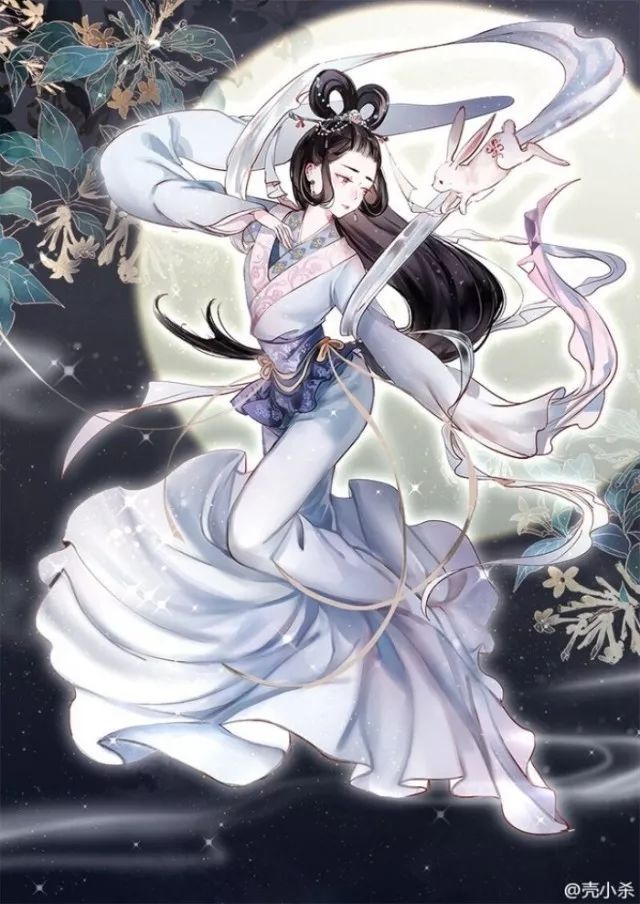
叩枻长歌，嫦娥欲下，万里挥冰雪。